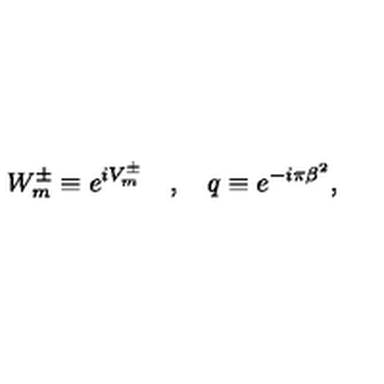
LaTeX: W _ { m } ^ { \pm } \equiv e ^ { i V _ { m } ^ { \pm } } \quad , \quad q \equiv e ^ { - i \pi \beta ^ { 2 } } ,